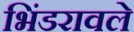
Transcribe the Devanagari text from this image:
भिंडरावले